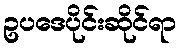
ဥပဒေပိုင်းဆိုင်ရာ